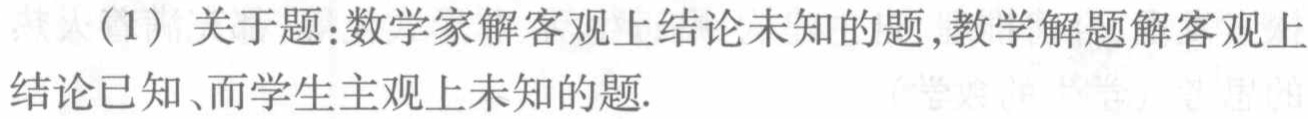
(1) 关于题:数学家解客观上结论未知的题,教学解题解客观上结论已知、而学生主观上未知的题.